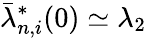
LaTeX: \bar{\lambda}_{n,i}^{*}(0)\simeq\lambda_{2}